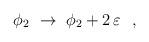
LaTeX: \begin{align*}\phi_2~\to~\phi_2 + 2\,\varepsilon ~~,\end{align*}